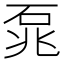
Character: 𮵐